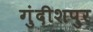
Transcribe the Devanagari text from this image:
गुंदीशपुर